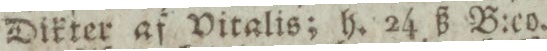
Dikter af Vitalis; h. 24 ß B:co.